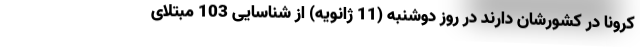
کرونا در کشورشان دارند در روز دوشنبه (11 ژانویه) از شناسایی 103 مبتلای